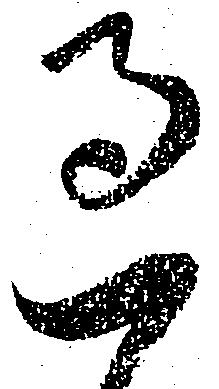
過